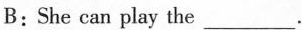
B: She can play the___.